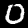
Digit: 0